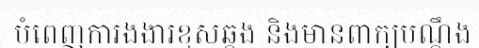
បំពេញការងងារខុសឆ្គង និងមានពាក្យបណ្តឹង